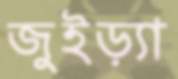
জুইড়্যা